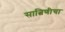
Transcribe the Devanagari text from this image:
सात्विणीचा